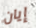
إيان